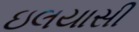
ઇલયાસી